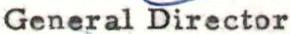
General Director